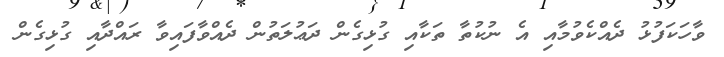
ވާހަކަފުޅު ދެއްކެވުމާއި އެ ނުކުތާ ތަކާއި ގުޅިގެން ދަޢުލަތުން ދެއްވާފައިވާ ރައްދާއި ގުޅިގެން